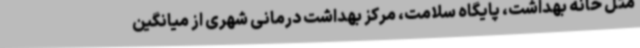
مثل خانه بهداشت، پایگاه سلامت، مرکز بهداشت درمانی شهری از میانگین